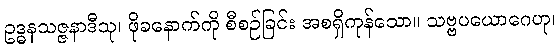
ဥဒ္ဓနသဇ္ဇနာဒီသု၊ ဖိုခနောက်ကို စီစဉ်ခြင်း အစရှိကုန်သော။ သဗ္ဗပယောဂေဟု၊